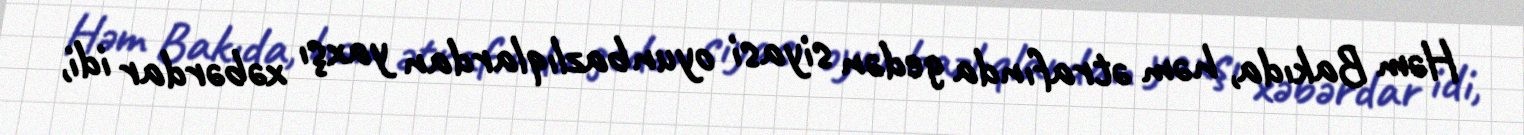
Həm Bakıda, həm ətrafında gedən siyasi oyunbazlıqlardan yaxşı xəbərdar idi,